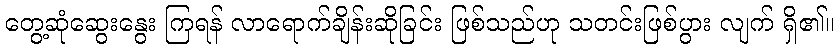
တွေ့ဆုံဆွေးနွေး ကြရန် လာရောက်ချိန်းဆိုခြင်း ဖြစ်သည်ဟု သတင်းဖြစ်ပွား လျက် ရှိ၏။